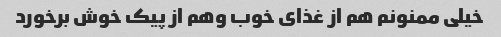
خیلی ممنونم هم از غذای خوب وهم از پیک خوش برخورد